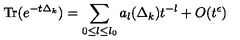
\mathrm { T r } ( e ^ { - t \Delta _ { k } } ) = \sum _ { 0 { \le } l { \le } l _ { 0 } } a _ { l } ( \Delta _ { k } ) t ^ { - l } + O ( t ^ { \epsilon } )